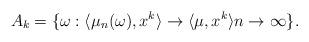
LaTeX: \begin{align*}A_k = \{\omega : \langle \mu_n(\omega) , x^k\rangle \to \langle \mu, x^k\rangle n \to \infty\}.\end{align*}